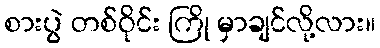
စားပွဲ တစ်ဝိုင်း ကြို မှာချင်လို့လား။